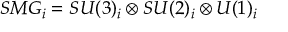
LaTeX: S M G _ { i } = S U ( 3 ) _ { i } \otimes S U ( 2 ) _ { i } \otimes U ( 1 ) _ { i }